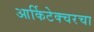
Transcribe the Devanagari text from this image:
आर्किटेक्चरचा